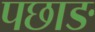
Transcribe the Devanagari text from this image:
पछाङ